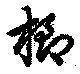
櫛